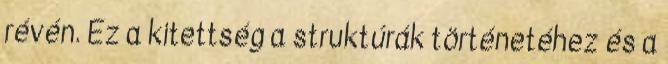
révén. Ez a kitettség a struktúrák történetéhez és a